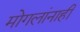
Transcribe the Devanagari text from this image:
मोगलांनाही